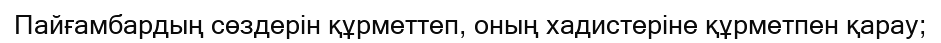
Пайғамбардың сөздерін құрметтеп, оның хадистеріне құрметпен қарау;